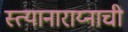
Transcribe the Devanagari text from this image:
स्त्यानाराय्नाची